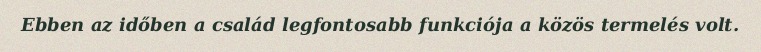
Ebben az időben a család legfontosabb funkciója a közös termelés volt.